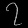
Digit: ၇